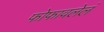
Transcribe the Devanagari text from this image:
फोफावलेलं